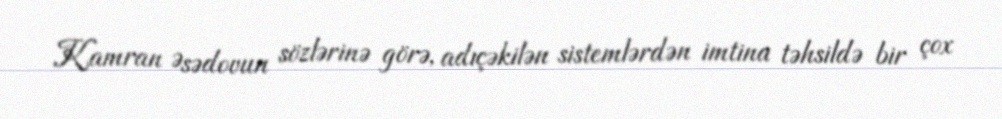
Kamran Əsədovun sözlərinə görə, adıçəkilən sistemlərdən imtina təhsildə bir çox